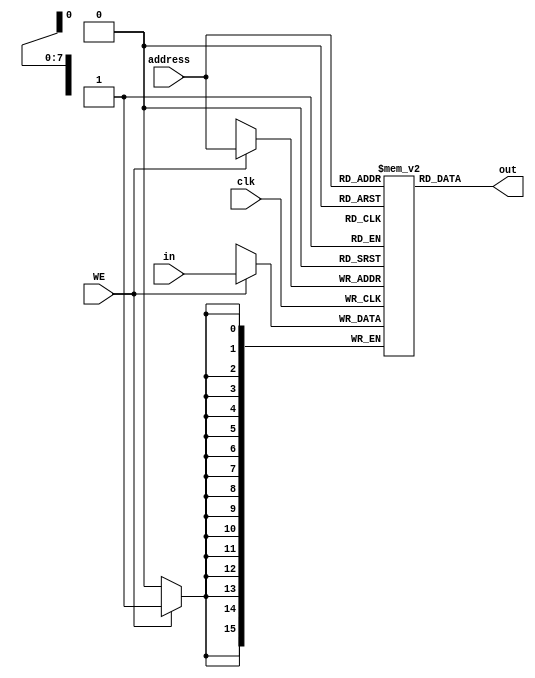
// Andrew Doucet
// Spencer Dugas

// Random Access Memoru
module RAM(address, in, out, clk, WE);

    // I/O
    input clk,WE;
    input [7:0]address;

    // Data I/O
    input [15:0]in;
    output reg [15:0]out;

    // Memory Block
    reg [15:0]memory[0:255];

    // Output assynchonously
    always@(address,clk)
        out = memory[address];

    // Input is clock triggered
    always @(posedge clk)
        if(WE)
            memory[address] <= in;
endmodule